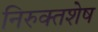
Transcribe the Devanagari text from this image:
निरुक्तशेष